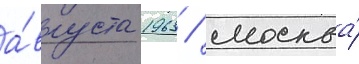
а́вгуста 1963 / москва́